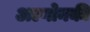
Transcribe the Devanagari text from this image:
अल्गोनकी